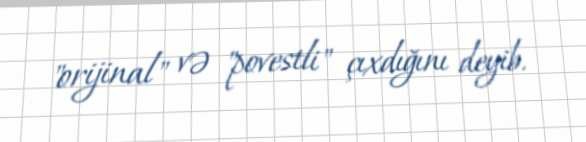
"orijinal" və "povestli" çıxdığını deyib.